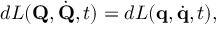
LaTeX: d L ( \mathbf { Q } , { \dot { \mathbf { Q } } } , t ) = d L ( \mathbf { q } , { \dot { \mathbf { q } } } , t ) ,